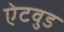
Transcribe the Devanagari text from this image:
ऐटवुड